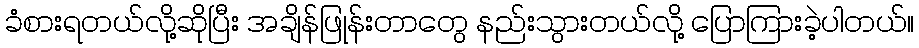
ခံစားရတယ်လို့ဆိုပြီး အချိန်ဖြုန်းတာတွေ နည်းသွားတယ်လို့ ပြောကြားခဲ့ပါတယ်။